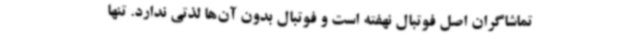
تماشاگران اصل فوتبال نهفته است و فوتبال بدون آن‌ها لذتی ندارد. تنها